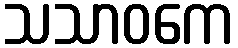
သသာဝကေ